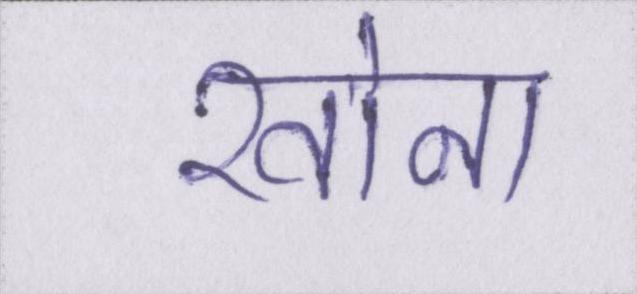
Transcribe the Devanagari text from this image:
खोना